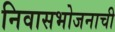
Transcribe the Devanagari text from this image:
निवासभोजनाची